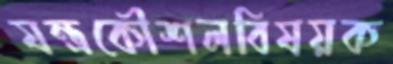
যন্ত্রকৌশলবিষয়ক